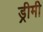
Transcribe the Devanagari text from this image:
ड्रीमी